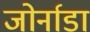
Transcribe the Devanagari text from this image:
जोर्नाडा